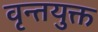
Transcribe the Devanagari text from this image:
वृन्तयुक्त